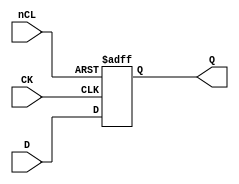
// This program was cloned from: https://github.com/furrtek/Arcade-TMNT_MiSTer
// License: GNU General Public License v2.0

// Fujitsu AV cell
// 4-bit DFF with CLEAR
// furrtek 2022

`timescale 1ns/100ps

module FDR(
	input CK,
	input [3:0] D,
	input nCL,
	output reg [3:0] Q = 4'd0
);

	always @(posedge CK or negedge nCL) begin
		if (!nCL)
			Q <= 4'd0;	// tmax = 6.7ns
		else
			Q <= D;		// tmax = 8.4ns
	end

endmodule